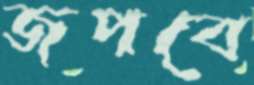
জপবে